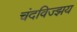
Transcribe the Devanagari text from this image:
चंदविज्झय